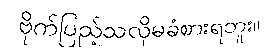
ဗိုက်ပြည့်သလိုမခံစားရဘူး။